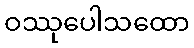
ဝဿုပေါသထော